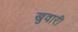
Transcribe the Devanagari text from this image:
खुवारी